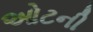
ઓટની